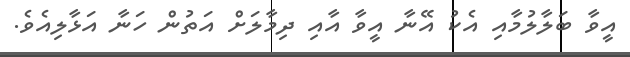
އީވާ ބަލާލުމާއި އެކު އޭނާ އީވާ އާއި ދިމާލަށް އަތުން ހަނާ އަޅާލިއެވެ.